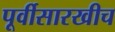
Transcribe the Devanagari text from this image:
पूर्वीसारखीच